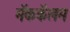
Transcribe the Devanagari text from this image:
मॅककॅलम